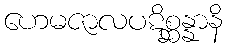
ဟေမဇာလပဋိစ္ဆန္နာနိ